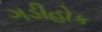
ગડીહોક